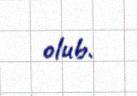
olub.